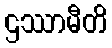
ဌဿာမီတိ